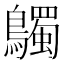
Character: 𪇆